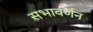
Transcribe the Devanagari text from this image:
सभावर्णन